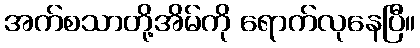
အက်စသာတို့အိမ်ကို ရောက်လုနေပြီ။